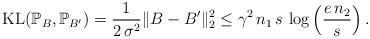
LaTeX: \begin{align*} \mathrm{KL}(\mathbb{P}_{B},\mathbb{P}_{B'})=\dfrac{1}{2\,\sigma^{2}}\| B-B'\|^{2}_{2}\leq \gamma^{2}\,n_1\,s\,\log\left (\dfrac{e\,n_2}{s}\right ). \end{align*}